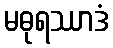
မဓုရဿာဒံ